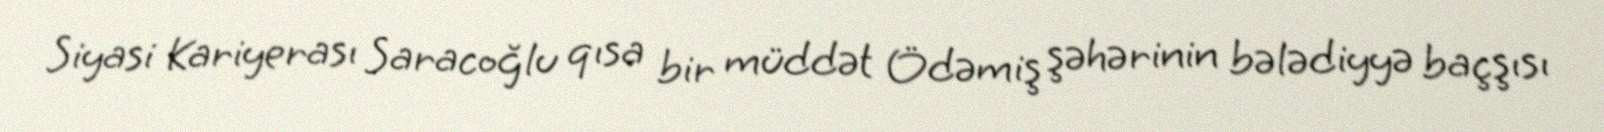
Siyasi Kariyerası Saracoğlu qısa bir müddət Ödəmiş şəhərinin bələdiyyə baçşısı